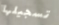
تسجيلها